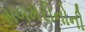
સબમરીનોની